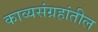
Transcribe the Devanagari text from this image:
काव्यसंग्रहांतील